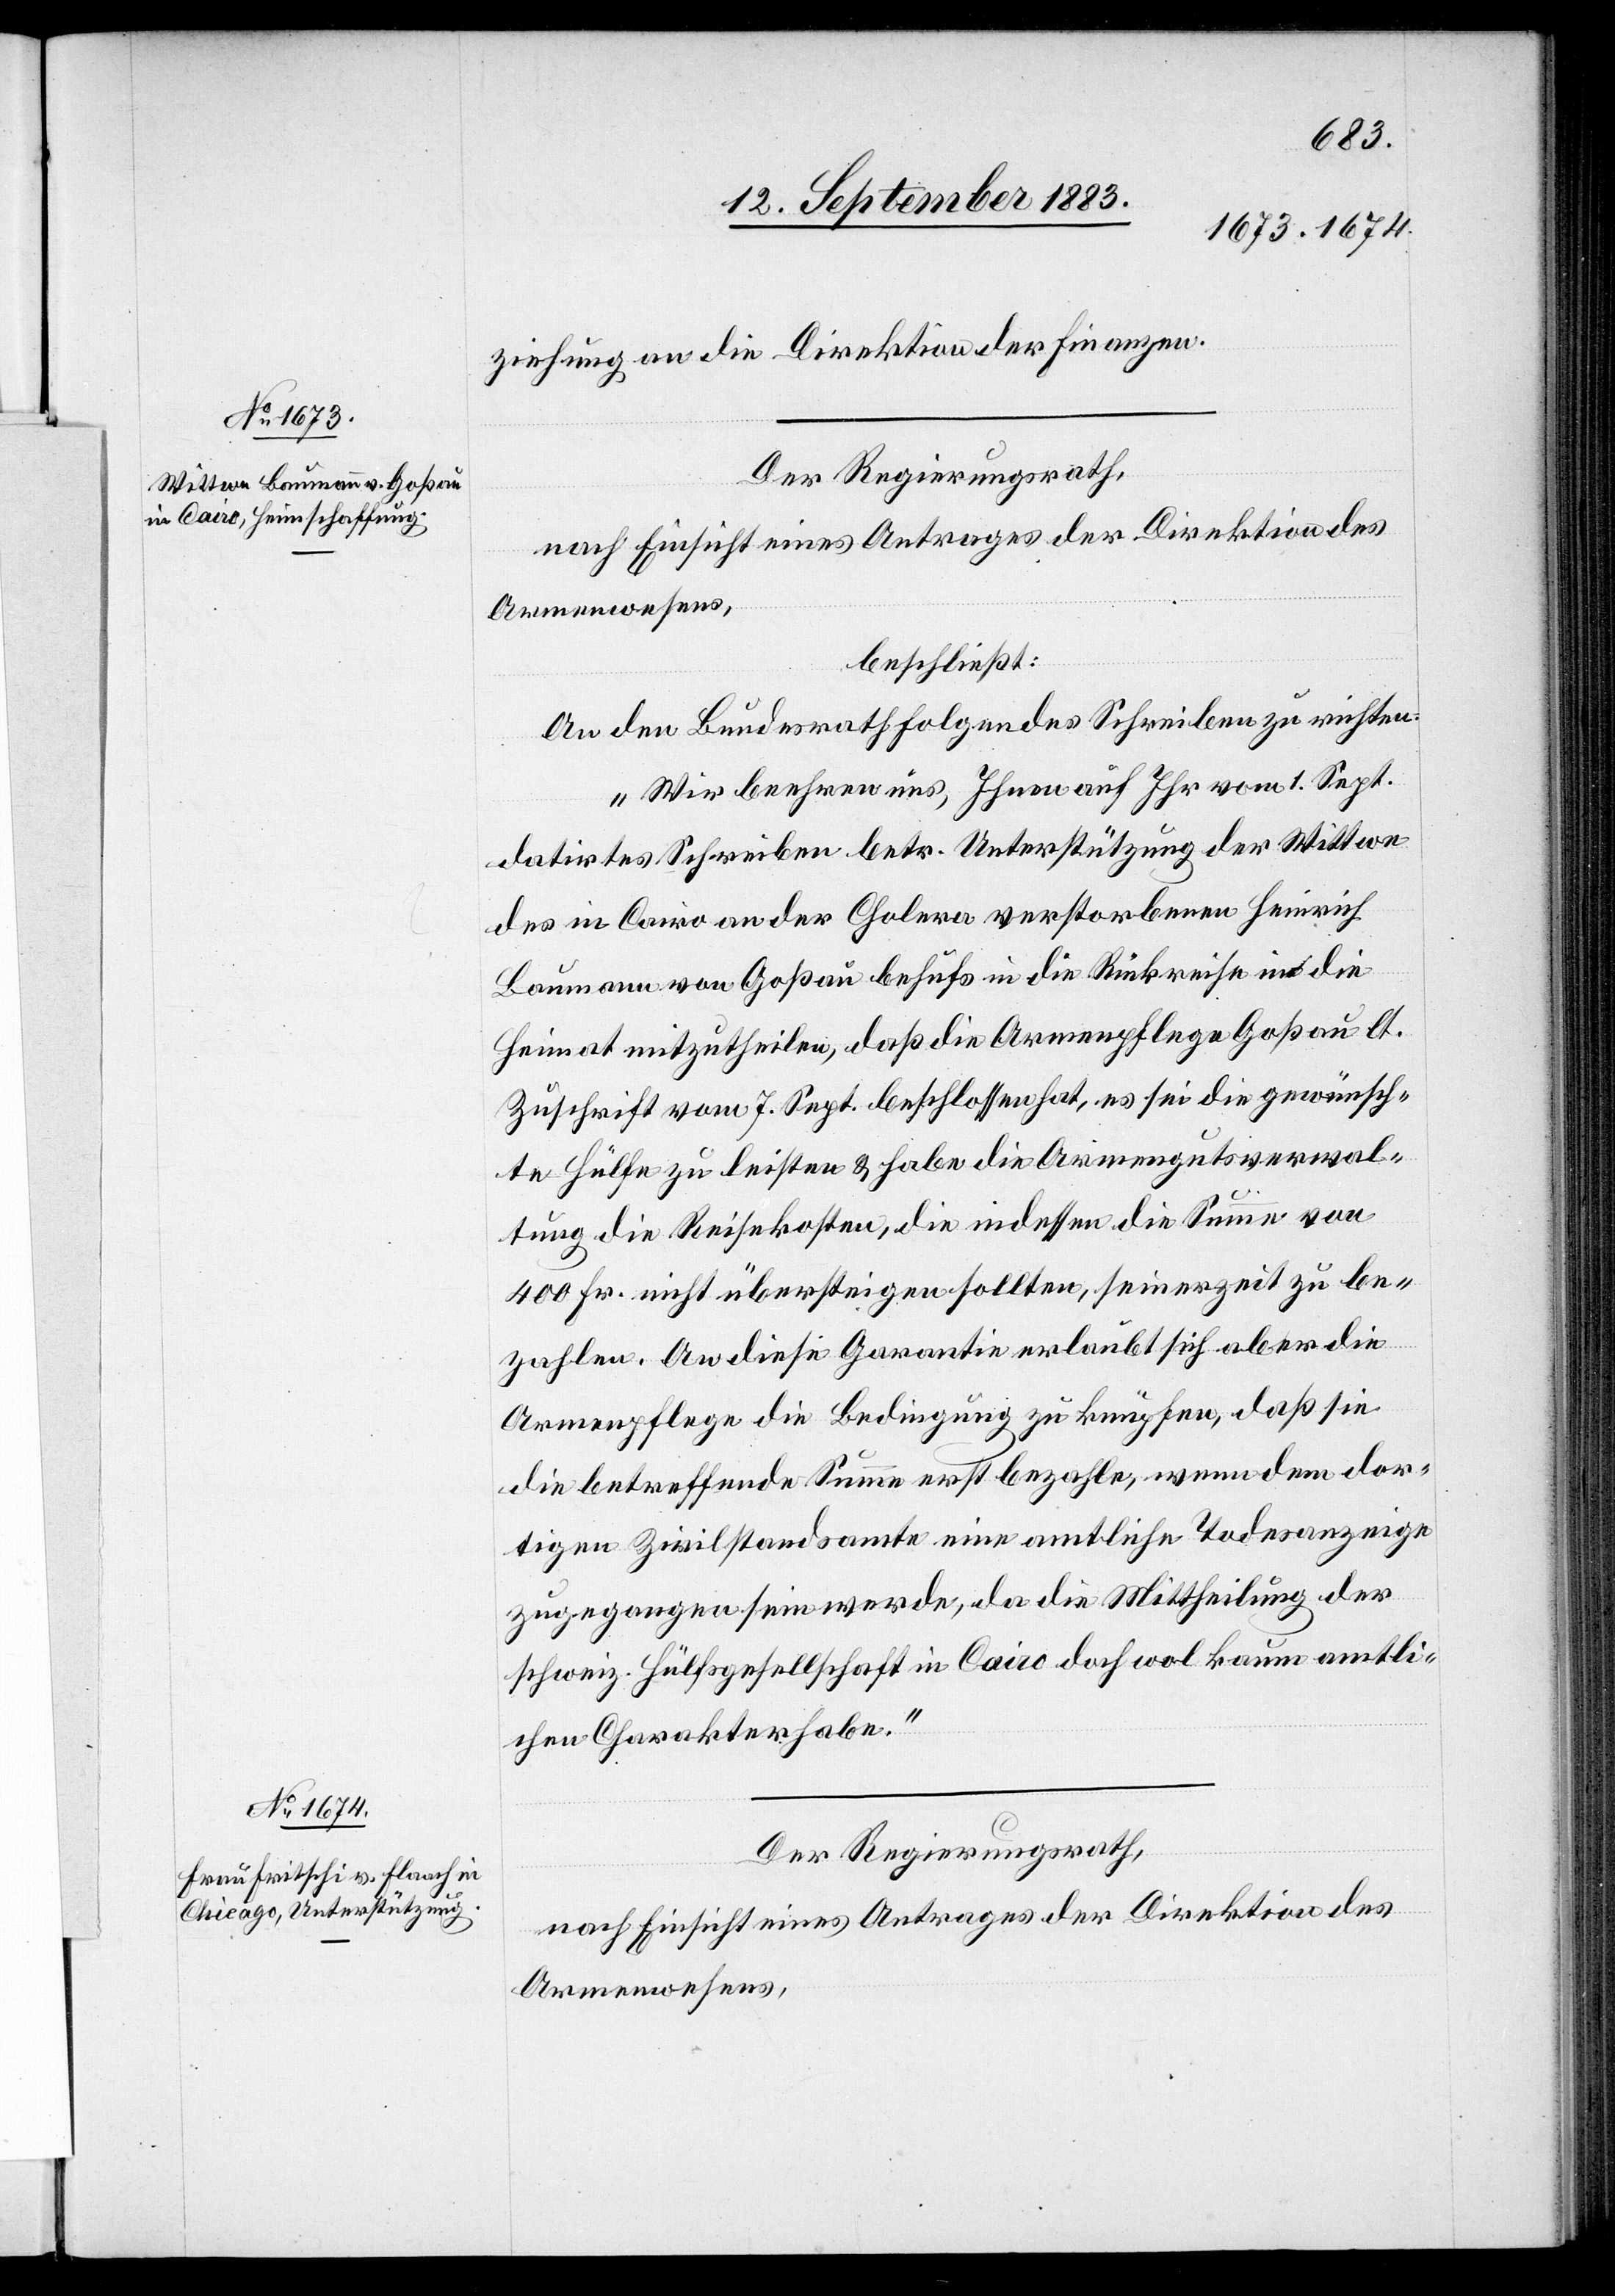
ziehung an die Direktion der Finanzen.
Der Regierungsrath,
nach Einsicht eines Antrages der Direktion des
Armenwesens,
beschließt:
An den Bundesrath folgendes Schreiben zu richten:
„Wir beehren uns, Ihnen auf Ihr vom 1. Sept.
datirtes Schreiben betr. Unterstützung der Wittwe
des in Cairo an der Cholera verstorbenen Heinrich
Baumann von Goßau behufs in die Rückreise in die
Heimat mitzutheilen [sic!], daß die Armenpflege Goßau lt.
Zuschrift vom 7. Sept. beschlossen hat, es sei die gewünsch¬
te Hülfe zu leisten & habe die Armengutsverwal¬
tung die Reisekosten, die indessen die Summe von
400 Fr. nicht übersteigen sollten, seinerzeit zu be¬
zahlen. An diese Garantie erlaubt sich aber die
Armenpflege die Bedingung zu knüpfen, daß die
die betreffende Summe erst bezahle, wenn dem dor¬
tigen Zivilstandsamte eine amtliche Todesanzeige
zugegangen sein werde, da die Mittheilung der
schweiz. Hülfsgesellschaft in Cairo doch wol kaum amtli¬
chen Charakter habe.“
Der Regierungsrath,
nach Einsicht eines Antrages der Direktion des
Armenwesens,